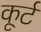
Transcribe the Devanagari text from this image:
कूर्ट